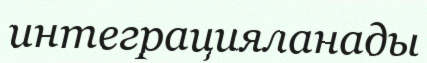
интеграцияланады